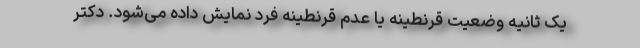
یک ثانیه وضعیت قرنطینه یا عدم قرنطینه فرد نمایش داده می‌شود. دکتر